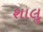
શાલૢ